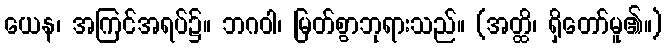
ယေန၊ အကြင်အရပ်၌။ ဘဂဝါ၊ မြတ်စွာဘုရားသည်။ (အတ္ထိ၊ ရှိတော်မူ၏။)